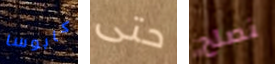
كابوسا حتى نصلح